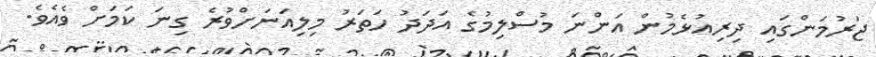
ޖަރުމަންގައި ދިރިއުޅެމުން އަންނަ މުސްލިމުގެ އަދަދު ހަތަރު މިލިއަނަށްވުރެ ގިނަ ކަމަށް ވެއެވެ.